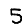
Digit: 5